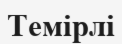
Темірлі